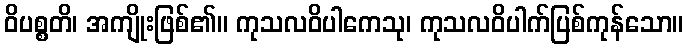
ဝိပစ္စတိ၊ အကျိုးဖြစ်၏။ ကုသလဝိပါကေသု၊ ကုသလဝိပါက်ပြစ်ကုန်သော။